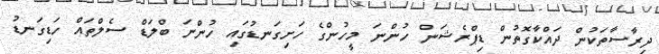
ދިރާސާތަކުން ދައްކާގޮތުން ޑިޕްރެޝަން ހުންނަ މީހުންގެ ހަށިގަނޑުގައި ހުންނަ ބްލަޑް ސެލްތައް ހަޑިގަނޑު